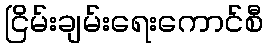
ငြိမ်းချမ်းရေးကောင်စီ